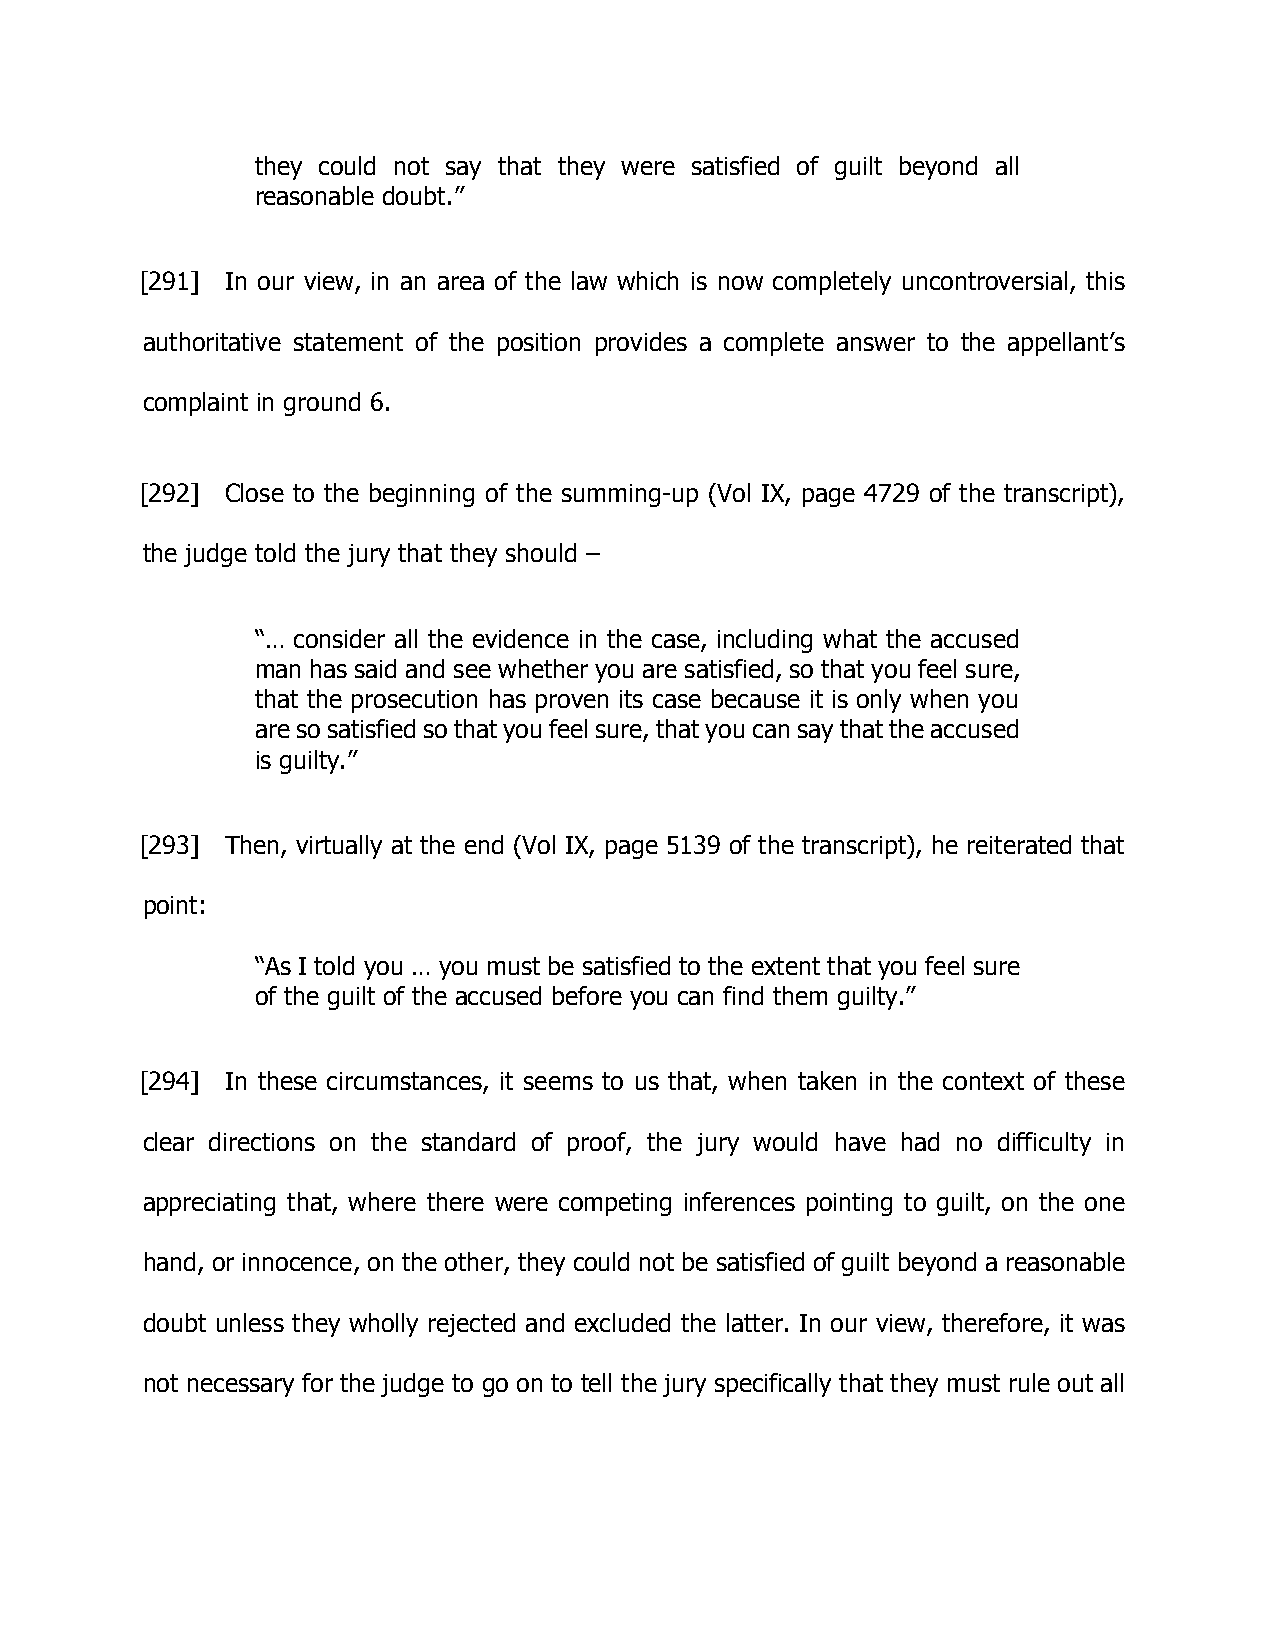
they could not say that they were satisfied of guilt beyond all
 reasonable doubt.”
 [291] In our view, in an area of the law which is now completely uncontroversial, this
 authoritative statement of the position provides a complete answer to the appellant’s
 complaint in ground 6.
 [292] Close to the beginning of the summing-up (Vol IX, page 4729 of the transcript),
 the judge told the jury that they should –
 “… consider all the evidence in the case, including what the accused
 man has said and see whether you are satisfied, so that you feel sure,
 that the prosecution has proven its case because it is only when you
 are so satisfied so that you feel sure, that you can say that the accused
 is guilty.”
 [293] Then, virtually at the end (Vol IX, page 5139 of the transcript), he reiterated that
 point:
 “As I told you … you must be satisfied to the extent that you feel sure
 of the guilt of the accused before you can find them guilty.”
 [294] In these circumstances, it seems to us that, when taken in the context of these
 clear directions on the standard of proof, the jury would have had no difficulty in
 appreciating that, where there were competing inferences pointing to guilt, on the one
 hand, or innocence, on the other, they could not be satisfied of guilt beyond a reasonable
 doubt unless they wholly rejected and excluded the latter. In our view, therefore, it was
 not necessary for the judge to go on to tell the jury specifically that they must rule out all